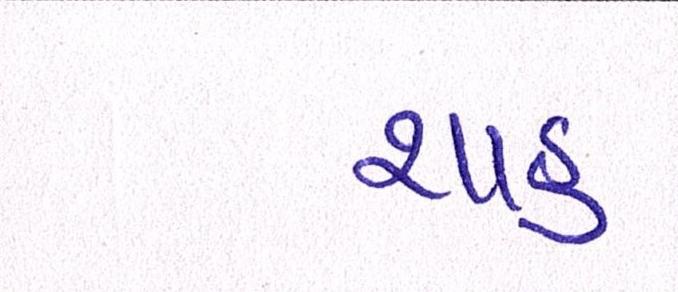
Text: શાહઃ